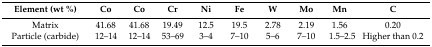
| Element (wt %) | Co | Co | Cr | Ni | Fe | W | Mo | Mn | C |
 | --- | --- | --- | --- | --- | --- | --- | --- | --- | --- |
 | Matrix | 41.68 | 41.68 | 19.49 | 12.5 | 19.5 | 2.78 | 2.19 | 1.56 | 0.20 |
 | Particle (carbide) | 12–14 | 12–14 | 53–69 | 3–4 | 7–10 | 5–6 | 7–10 | 1.5–2.5 | Higher than 0.2 |